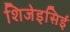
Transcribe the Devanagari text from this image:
शिजेइसिई